Problem: 4 × 8 = ?
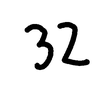
Handwritten answer: 32